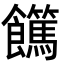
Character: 𩟵